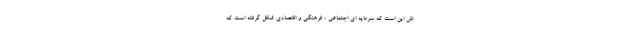
اش این است که سرمایه ای اجتماعی ، فرهنگی و اقتصادی شکل گرفته است که